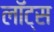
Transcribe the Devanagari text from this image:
लॉट्स